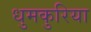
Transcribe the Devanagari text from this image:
धुमकुरिया